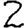
Digit: 2